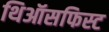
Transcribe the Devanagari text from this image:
थिऑसफिस्ट